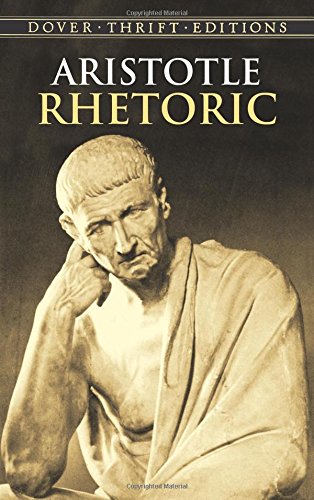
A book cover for Rhetoric (Dover Thrift Editions); Aristotle; Politics & Social Sciences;